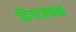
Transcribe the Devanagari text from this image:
ढिगाजवळ